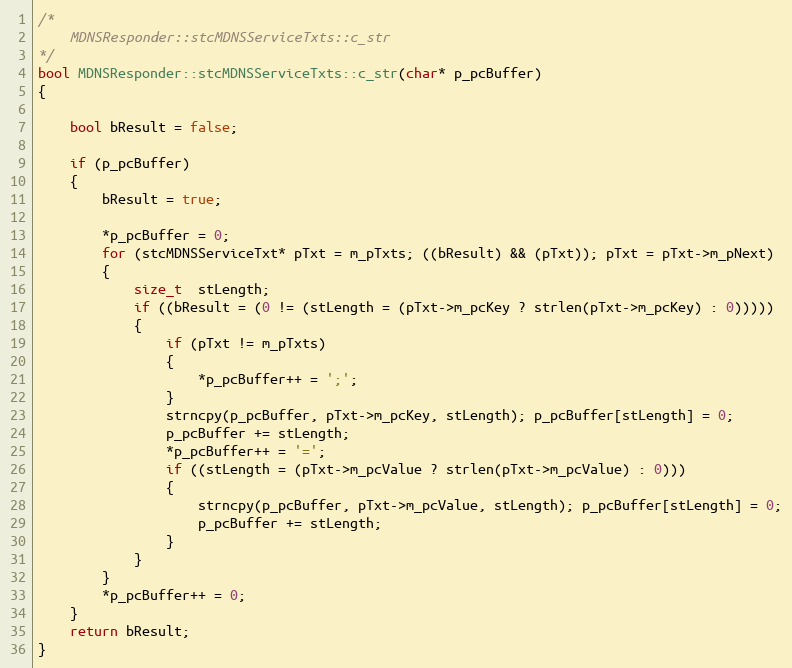
Language: C++
/*
    MDNSResponder::stcMDNSServiceTxts::c_str
*/
bool MDNSResponder::stcMDNSServiceTxts::c_str(char* p_pcBuffer)
{

    bool bResult = false;

    if (p_pcBuffer)
    {
        bResult = true;

        *p_pcBuffer = 0;
        for (stcMDNSServiceTxt* pTxt = m_pTxts; ((bResult) && (pTxt)); pTxt = pTxt->m_pNext)
        {
            size_t  stLength;
            if ((bResult = (0 != (stLength = (pTxt->m_pcKey ? strlen(pTxt->m_pcKey) : 0)))))
            {
                if (pTxt != m_pTxts)
                {
                    *p_pcBuffer++ = ';';
                }
                strncpy(p_pcBuffer, pTxt->m_pcKey, stLength); p_pcBuffer[stLength] = 0;
                p_pcBuffer += stLength;
                *p_pcBuffer++ = '=';
                if ((stLength = (pTxt->m_pcValue ? strlen(pTxt->m_pcValue) : 0)))
                {
                    strncpy(p_pcBuffer, pTxt->m_pcValue, stLength); p_pcBuffer[stLength] = 0;
                    p_pcBuffer += stLength;
                }
            }
        }
        *p_pcBuffer++ = 0;
    }
    return bResult;
}